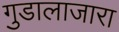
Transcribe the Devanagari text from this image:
गुडालाजारा